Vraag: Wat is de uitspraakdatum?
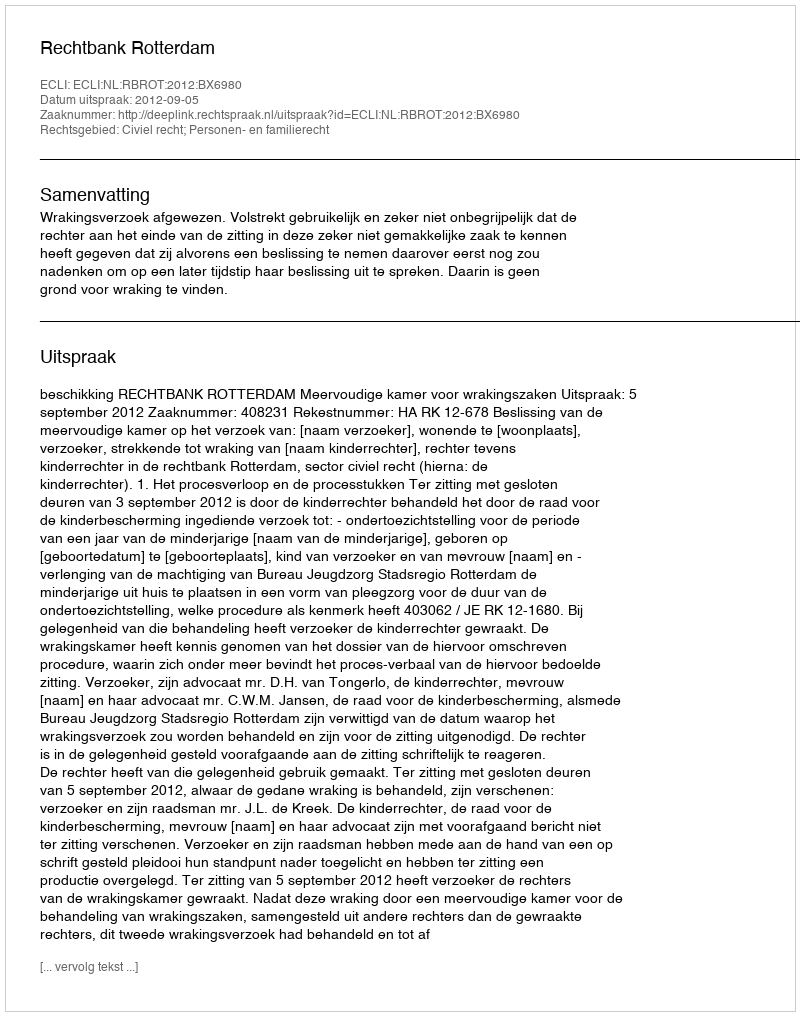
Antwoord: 2012-09-05